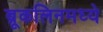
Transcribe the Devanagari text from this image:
ब्रूकलिनमध्ये